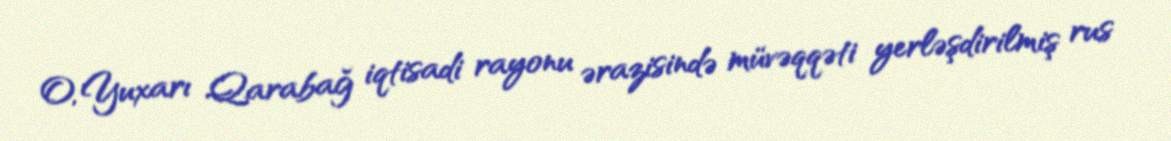
O, Yuxarı Qarabağ iqtisadi rayonu ərazisində müvəqqəti yerləşdirilmiş rus